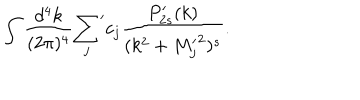
LaTeX: \int { \frac { d ^ { 4 } k } { ( 2 \pi ) ^ { 4 } } } { \sum _ { j } } ^ { \prime } c _ { j } { \frac { P _ { 2 s } ^ { \prime } ( k ) } { ( k ^ { 2 } + { M _ { j } ^ { \prime } } ^ { 2 } ) ^ { s } } } .